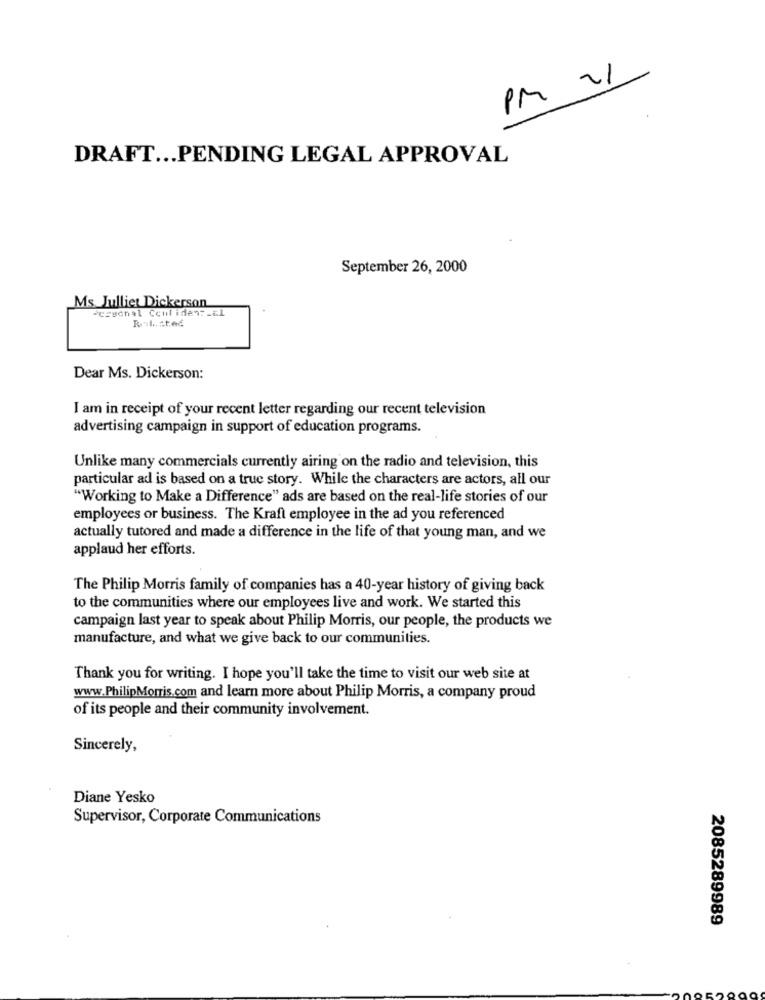
PM 21
DRAFT ... PENDING LEGAL APPROVAL
September 26, 2000
Ms Julliet Dickerson
-casonal Conf iden: _ &l
Dear Ms. Dickerson:
I am in receipt of your recent letter regarding our recent television
advertising campaign in support of education programs.
Unlike many commercials currently airing on the radio and television, this
particular ad is based on a true story. While the characters are actors, all our
"Working to Make a Difference" ads are based on the real-life stories of our
employees or business. The Kraft employee in the ad you referenced
actually tutored and made a difference in the life of that young man, and we
applaud her efforts.
The Philip Morris family of companies has a 40-year history of giving back
to the communities where our employees live and work. We started this
campaign last year to speak about Philip Morris, our people, the products we
manufacture, and what we give back to our communities.
Thank you for writing. I hope you'll take the time to visit our web site at
www.PhilipMorris.com and learn more about Philip Morris, a company proud
of its people and their community involvement.
Sincerely,
Diane Yesko
Supervisor, Corporate Communications
2085289989